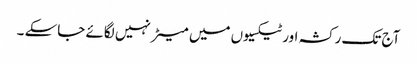
آج تک رکشہ اور ٹیکسیوں میں میٹر نہیں لگائے جاسکے ۔